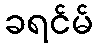
ခရင်မ်